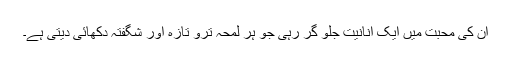
ان کی محبت میں ایک انانیت جلو گر رہی جو ہر لمحہ ترو تازہ اور شگفتہ دکھائی دیتی ہے۔